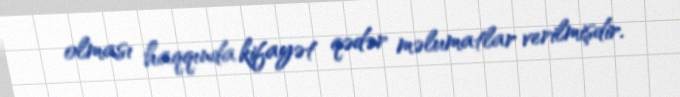
olması haqqında kifayət qədər məlumatlar verilmişdir.